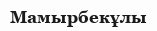
Мамырбекұлы